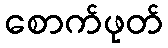
စောက်ဖုတ်